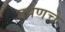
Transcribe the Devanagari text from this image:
दर्पणचे